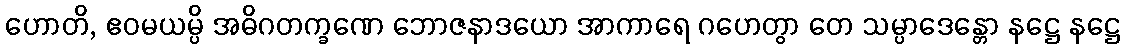
ဟောတိ, ဧဝမယမ္ပိ အဓိဂတက္ခဏေ ဘောဇနာဒယော အာကာရေ ဂဟေတွာ တေ သမ္ပာဒေန္တော နဋ္ဌေ နဋ္ဌေ